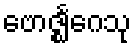
ဗောဇ္ဈင်္ဂေသု